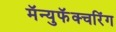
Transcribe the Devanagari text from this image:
मॅन्युफॅक्‍चरिंग